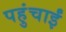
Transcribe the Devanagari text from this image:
पहुंचाईं